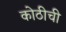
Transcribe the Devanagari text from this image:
कोठीची